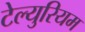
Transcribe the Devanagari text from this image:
टेल्युरियम